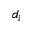
d _ { i }